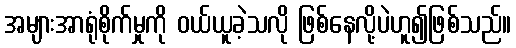
အများအာရုံစိုက်မှုကို ဝယ်ယူခဲ့သလို ဖြစ်နေလို့ပဲဟူ၍ဖြစ်သည်။